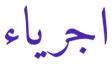
اجرياء